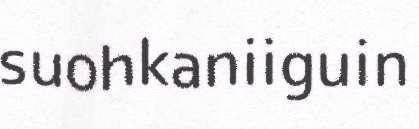
suohkaniiguin